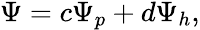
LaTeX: \begin{array}{r}{\Psi=c\Psi_{p}+d\Psi_{h},}\end{array}